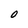
Character: O